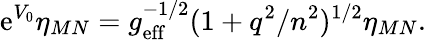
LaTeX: \mathrm{e}^{V_{0}}\eta_{MN}=g_{\mathrm{{\mathrm{e}ff}}}^{-1/2}(1+q^{2}/n^{2})^{1/2}\eta_{MN}.